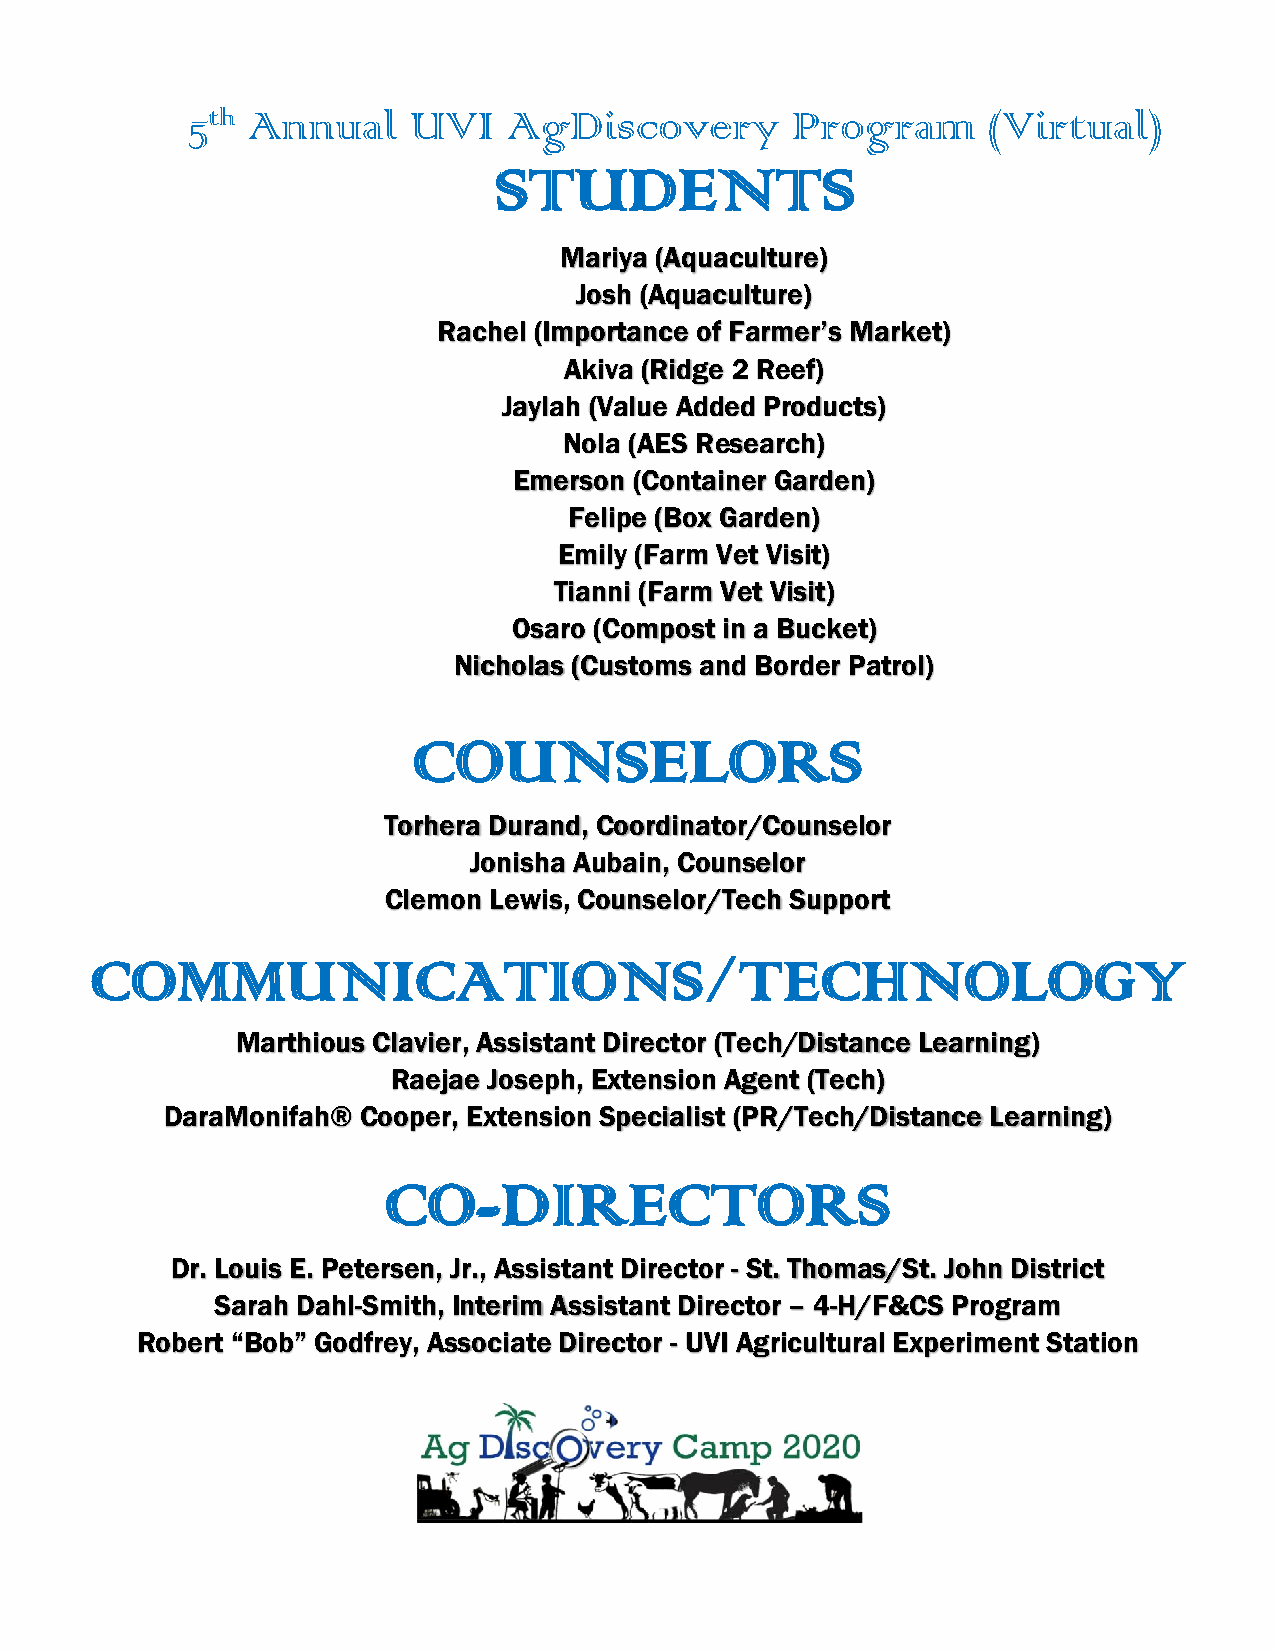
5th Annual     UVI    AgDiscovery       Program      (Virtual)
 STUDENTS
 Mariya (Aquaculture)
 Josh (Aquaculture)
 Rachel (Importance of Farmer’s Market)
 Akiva (Ridge 2 Reef)
 Jaylah (Value Added Products)
 Nola (AES Research)
 Emerson (Container Garden)
 Felipe (Box Garden)
 Emily (Farm Vet Visit)
 Tianni (Farm Vet Visit)
 Osaro (Compost in a Bucket)
 Nicholas (Customs and Border Patrol)
 COUNSELORS
 Torhera Durand, Coordinator/Counselor
 Jonisha Aubain, Counselor
 Clemon Lewis, Counselor/Tech Support
 COMMUNICATIONS/TECHNOLOGY
 Marthious Clavier, Assistant Director (Tech/Distance Learning)
 Raejae Joseph, Extension Agent (Tech)
 DaraMonifah® Cooper, Extension Specialist (PR/Tech/Distance Learning)
 CO-DIRECTORS
 Dr. Louis E. Petersen, Jr., Assistant Director - St. Thomas/St. John District
 Sarah Dahl-Smith, Interim Assistant Director – 4-H/F&CS Program
 Robert “Bob” Godfrey, Associate Director - UVI Agricultural Experiment Station